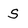
Character: S